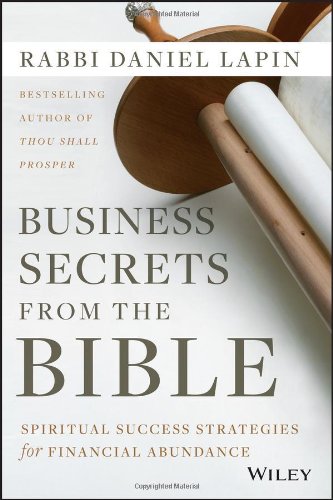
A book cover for Business Secrets from the Bible: Spiritual Success Strategies for Financial Abundance; Rabbi Daniel Lapin; Religion & Spirituality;